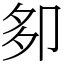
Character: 卶